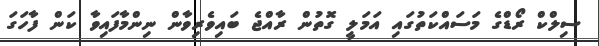
ސިލްކް ރޯޑްގެ މަސައްކަތުގައި އަމަލީ ގޮތުން ރާއްޖެ ބައިވެރިވާން ނިންމާފައިވާ ކަން ފާހަގަ